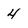
Character: 4